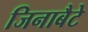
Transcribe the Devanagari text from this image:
जिनाबैटे